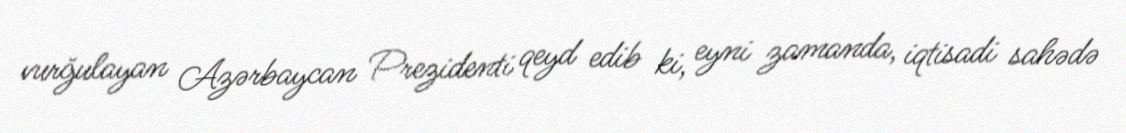
vurğulayan Azərbaycan Prezidenti qeyd edib ki, eyni zamanda, iqtisadi sahədə